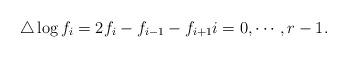
LaTeX: \begin{align*}\triangle\log f_i=2f_i-f_{i-1}-f_{i+1}i=0,\cdots, r-1.\end{align*}